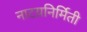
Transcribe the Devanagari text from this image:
नाटय़निर्मिती